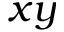
x y